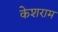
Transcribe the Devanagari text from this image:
केशराम